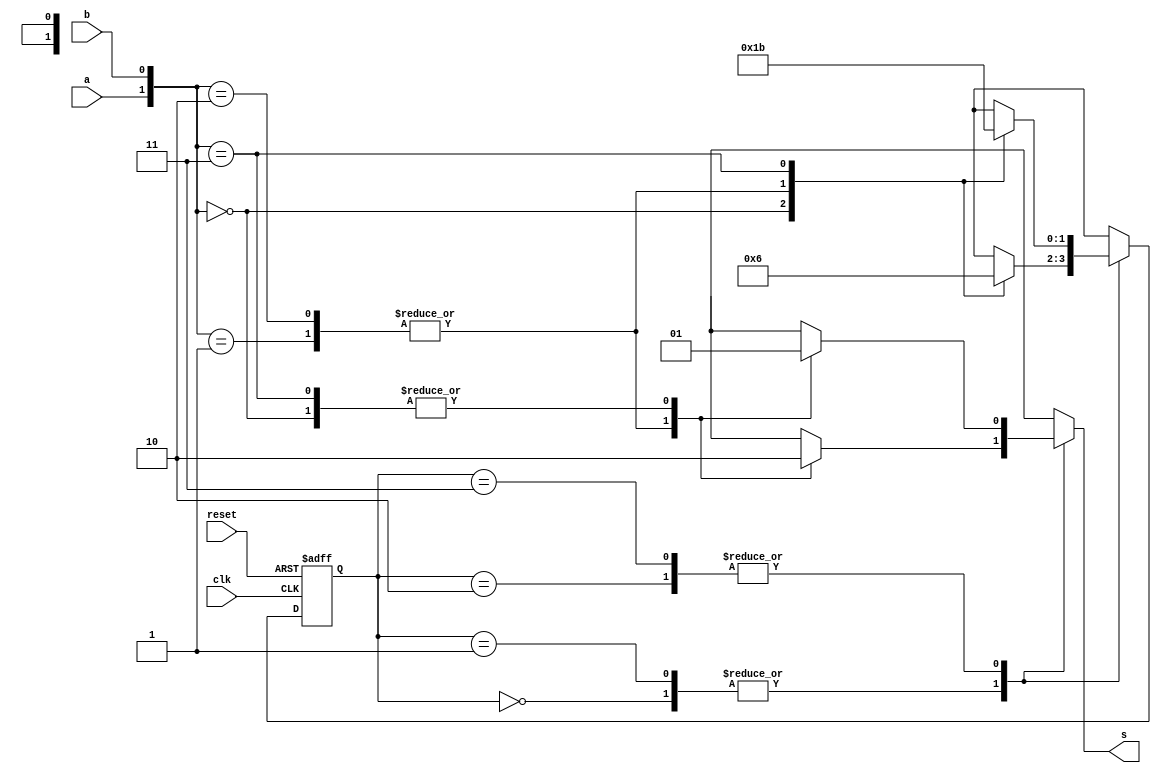
`timescale 1ns / 1ps
//////////////////////////////////////////////////////////////////////////////////
// Company: 
// Engineer: 
// 
// Design Name: 
// Module Name: serial
// Project Name: 
// Target Devices: 
// Tool Versions: 
// Description: 
// 
// Dependencies: 
// 
// Revision:
// Revision 0.01 - File Created
// Additional Comments:
// 
//////////////////////////////////////////////////////////////////////////////////


module serial(a, b, s, reset, clk);
input a, b, reset, clk;
output reg s;
   
   parameter s0=2'b00,s1=2'b01, s2=2'b10, s3=2'b11;
   reg [1:0]PS,NS;
   
   always@(posedge clk or posedge reset)
     begin
       if(reset)
         PS<=s0;
       else
         PS<=NS;
     end
   always@(PS)
     begin
       case(PS)
         s0:begin
           case({a,b})
             2'b00:begin s=1'b0; NS=s0;end
             2'b01:begin s=1'b1; NS=s1;end
             2'b10:begin s=1'b1; NS=s1;end
             2'b11:begin s=1'b0; NS=s2;end
           endcase
         end
         s1:begin
           case({a,b})
             2'b00:begin s=1'b0;NS=s0;end
             2'b01:begin s=1'b1;NS=s1;end
             2'b10:begin s=1'b1;NS=s1;end
             2'b11:begin s=1'b0;NS=s2;end
           endcase         
         end
         s2:begin
           case({a,b})
             2'b00:begin s=1'b1;NS=s1;end
             2'b01:begin s=1'b0;NS=s2;end
             2'b10:begin s=1'b0;NS=s2;end
             2'b11:begin s=1'b1;NS=s3;end
           endcase         
         end         
         s3:begin
           case({a,b})
             2'b00:begin s=1'b1;NS=s1;end
             2'b01:begin s=1'b0;NS=s2;end
             2'b10:begin s=1'b0;NS=s2;end
             2'b11:begin s=1'b1;NS=s3;end
           endcase         
         end         
       endcase
     end 
 endmodule